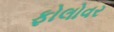
ફોલોવર